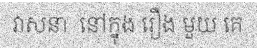
វាសនា  នៅក្នុង រឿង មួយ គេ